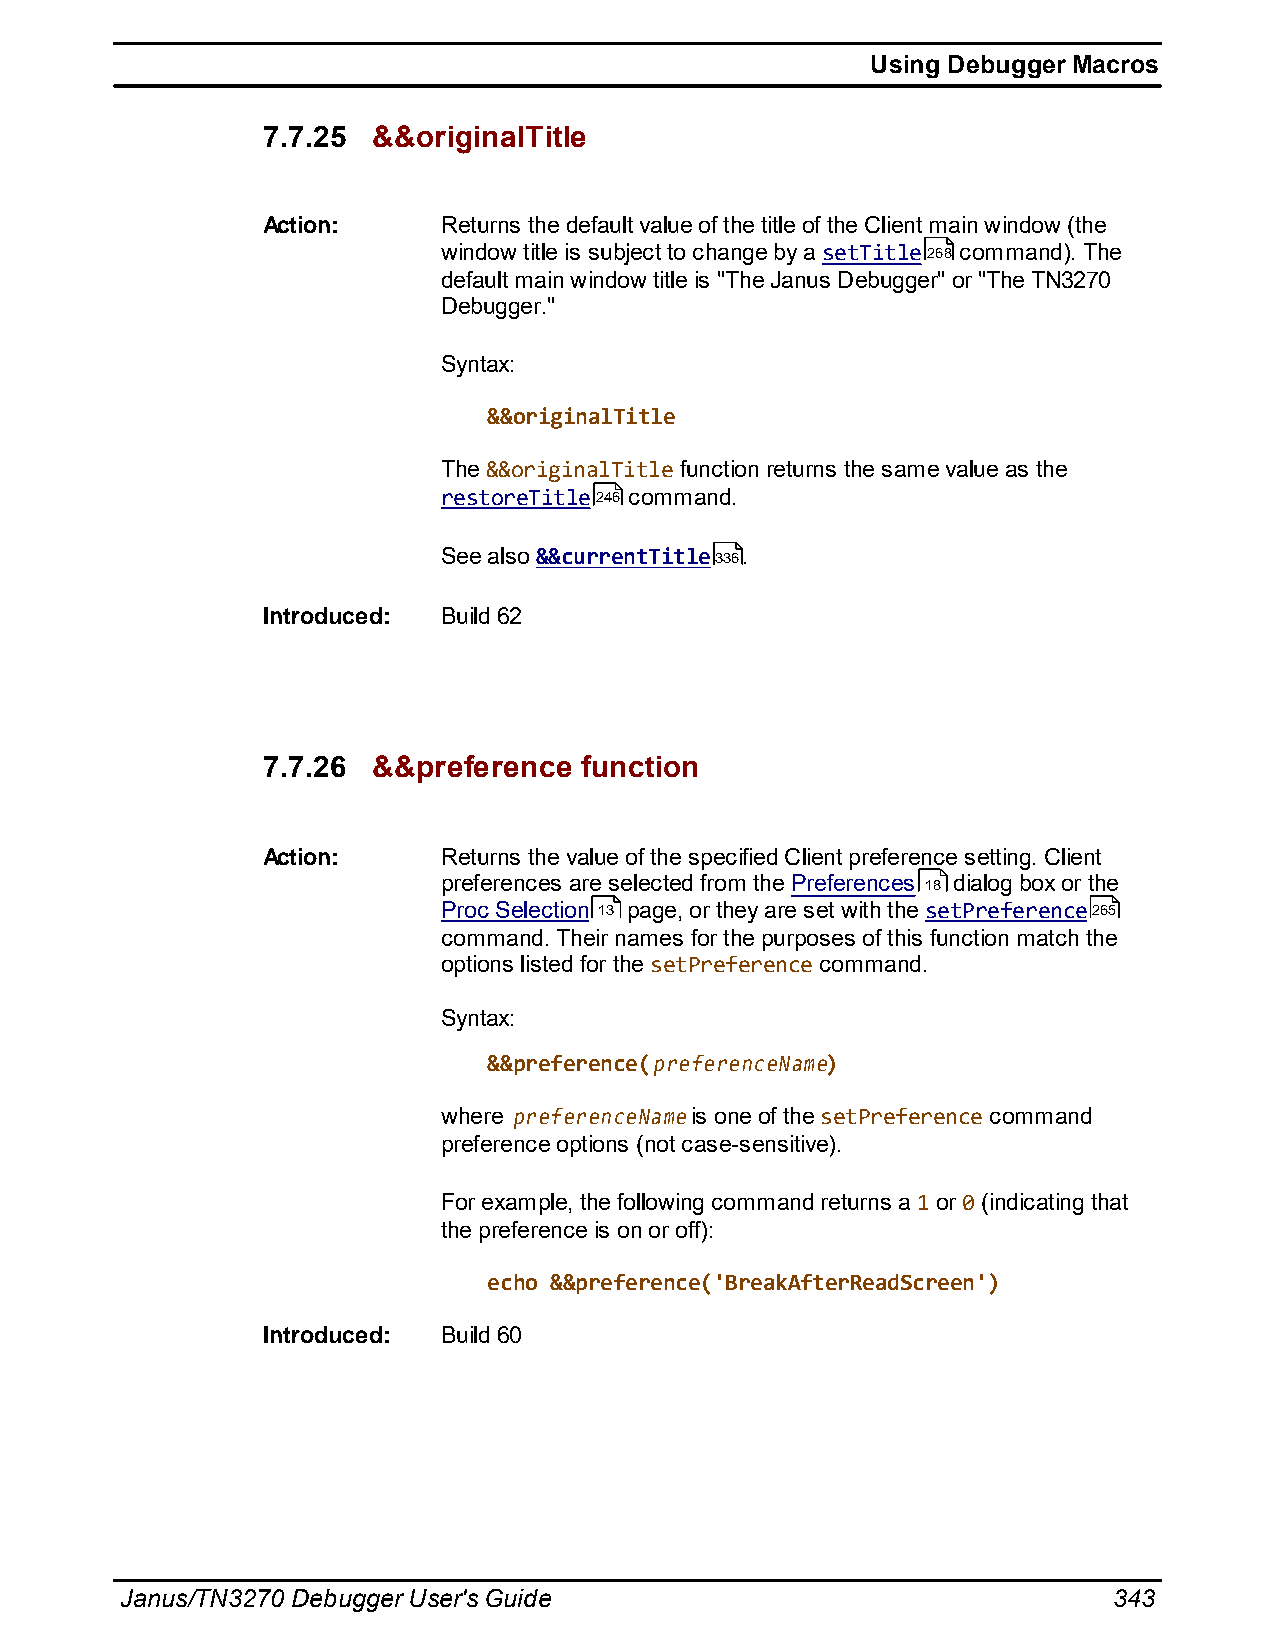
Using Debugger Macros
 7.7.25  &&originalTitle
 Action:     Returns the default value of the title of the Client main window (the
 window title is subject to change by a setTitle268 command). The
 default main window title is "The Janus Debugger" or "The TN3270
 Debugger."
 Syntax:
 &&originalTitle
 The &&originalTitle function returns the same value as the
 restoreTitle246 command.
 See also &&currentTitle336.
 Introduced: Build 62
 7.7.26  &&preference function
 Action:     Returns the value of the specified Client preference setting. Client
 preferences are selected from the Preferences 18 dialog box or the
 Proc Selection 13 page, or they are set with the setPreference265
 command. Their names for the purposes of this function match the
 options listed for the setPreference command.
 Syntax:
 &&preference(preferenceName)
 where preferenceName is one of the setPreference command
 preference options (not case-sensitive).
 For example, the following command returns a 1 or 0 (indicating that
 the preference is on or off):
 echo &&preference('BreakAfterReadScreen')
 Introduced: Build 60
 Janus/TN3270 Debugger User's Guide                                343